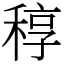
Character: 稕